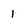
Character: 1